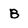
Character: B